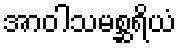
အာဝါသမစ္ဆရိယံ